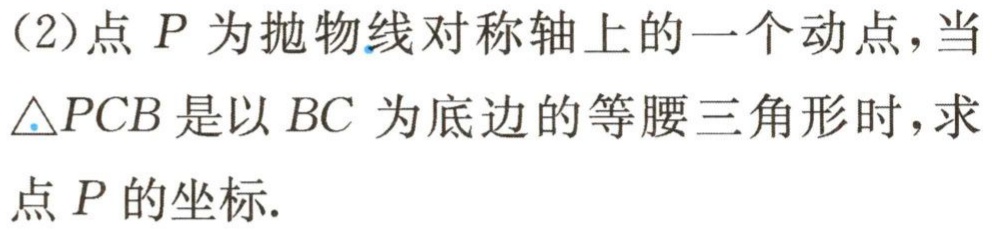
(2)点 \(P\) 为抛物线对称轴上的一个动点，当 \(\triangle PCB\) 是以 \(BC\) 为底边的等腰三角形时，求点 \(P\) 的坐标.